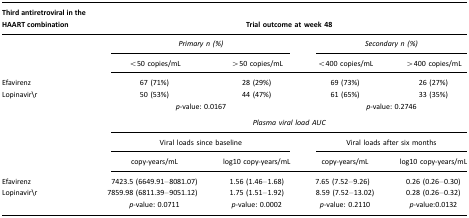
<table><thead><tr><td><b>Third antiretroviral in the HAART combination</b></td><td><b>Trial outcome at week 48</b></td><td></td><td></td><td></td></tr></thead><tbody><tr><td></td><td colspan="2"><i>Primary n (%)</i></td><td colspan="2"><i>Secondary n (%)</i></td></tr><tr><td></td><td>&lt;50 copies/mL</td><td>&gt;50 copies/mL</td><td>&lt;400 copies/mL</td><td>&gt;400 copies/mL</td></tr><tr><td>Efavirenz</td><td>67 (71%)</td><td>28 (29%)</td><td>69 (73%)</td><td>26 (27%)</td></tr><tr><td>Lopinavir\r</td><td>50 (53%)</td><td>44 (47%)</td><td>61 (65%)</td><td>33 (35%)</td></tr><tr><td></td><td colspan="2"><i>p</i>-value: 0.0167</td><td colspan="2"><i>p</i>-value: 0.2746</td></tr><tr><td></td><td colspan="4"><i>Plasma viral load AUC</i></td></tr><tr><td></td><td colspan="2">Viral loads since baseline</td><td colspan="2">Viral loads after six months</td></tr><tr><td></td><td>copy-years/mL</td><td>log10 copy-years/mL</td><td>copy-years/mL</td><td>log10 copy-years/mL</td></tr><tr><td>Efavirenz</td><td>7423.5 (6649.91–8081.07)</td><td>1.56 (1.46–1.68)</td><td>7.65 (7.52–9.26)</td><td>0.26 (0.26–0.30)</td></tr><tr><td>Lopinavir\r</td><td>7859.98 (6811.39–9051.12)</td><td>1.75 (1.51–1.92)</td><td>8.59 (7.52–13.02)</td><td>0.28 (0.26–0.32)</td></tr><tr><td></td><td><i>p</i>-value: 0.0711</td><td><i>p</i>-value: 0.0002</td><td><i>p</i>-value: 0.2110</td><td><i>p</i>-value:0.0132</td></tr></tbody></table>